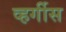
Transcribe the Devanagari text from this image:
व्हर्गीस